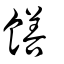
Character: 饍